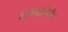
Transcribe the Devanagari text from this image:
वरसालीगंज